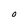
Character: O